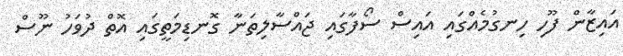
އައިޒާން ފޫހި ހިނގުމެއްގައި އައިސް ސޯފާގައި ޖައްސާލިތަނާ ގޮނޑިމަތީގައި އޮތް ދުވަހު ނޫސް